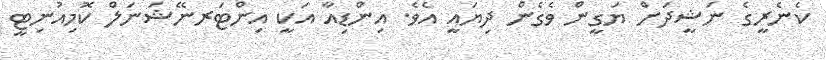
ކެނެރީގެ ނަޝީދަށް ޔަގީން ވެގެން ދިޔައީ އެވެ. އިންޑިއާ އަކީ އިންޓަރނޭޝަނަލް ކޮމިއުނިޓީ